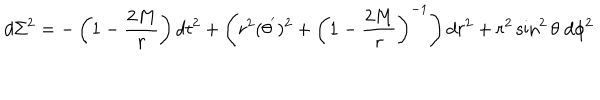
LaTeX: d \Sigma ^ { 2 } = - \left( 1 - \frac { 2 M } { r } \right) d t ^ { 2 } + \left( r ^ { 2 } ( \theta ^ { ' } ) ^ { 2 } + \left( 1 - \frac { 2 M } { r } \right) ^ { - 1 } \right) d r ^ { 2 } + r ^ { 2 } \sin ^ { 2 } \theta \; d \phi ^ { 2 }